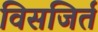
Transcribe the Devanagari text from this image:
विसजिर्त